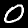
Digit: 0